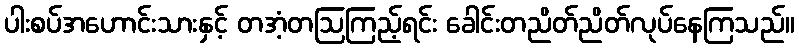
ပါးစပ်အဟောင်းသားနှင့် တအံ့တဩကြည့်ရင်း ခေါင်းတညိတ်ညိတ်လုပ်နေကြသည်။